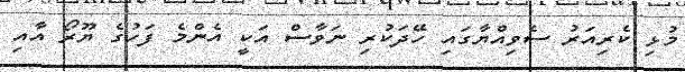
މުޅި ކެރިއަރު ސެވިއްޔާގައި ހޭދަކުރި ނަވާސް އަކީ އެންމެ ފަހުގެ ޔޫރޯ އާއި